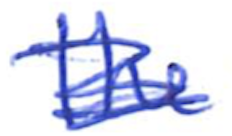
Text: The
Cross-out: scratch
Writing tool: ballpoint